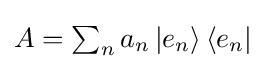
{\textstyle A=\sum _{n}a_{n}\left|e_{n}\right\rangle \left\langle e_{n}\right|}